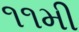
૧૧મી